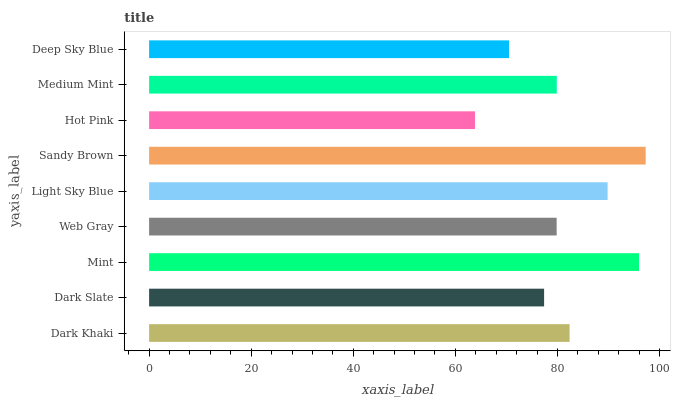
| yaxis_label | bars |
 | --- | --- |
 | Dark Khaki | 82.4 |
 | Dark Slate | 77.4 |
 | Mint | 96 |
 | Web Gray | 79.8 |
 | Light Sky Blue | 89.8 |
 | Sandy Brown | 97.3 |
 | Hot Pink | 63.8 |
 | Medium Mint | 79.9 |
 | Deep Sky Blue | 70.5 |